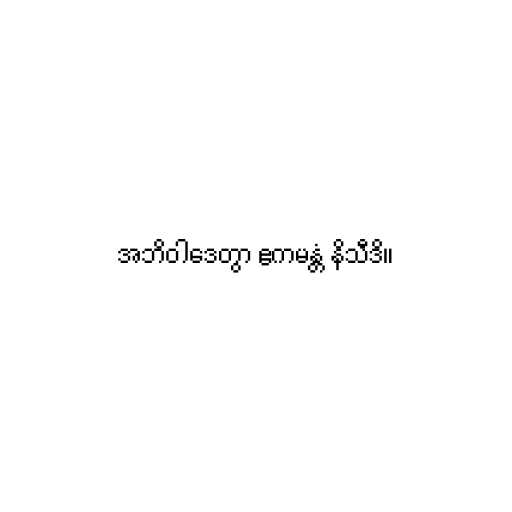
အဘိဝါဒေတွာ ဧကမန္တံ နိသီဒိ။